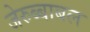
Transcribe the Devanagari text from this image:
जेरुब्बाबल